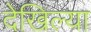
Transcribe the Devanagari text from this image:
देखिल्या